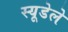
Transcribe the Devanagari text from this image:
स्यूडेले